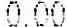
0.00